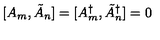
[ A _ { m } , \tilde { A } _ { n } ] = [ A _ { m } ^ { \dagger } , \tilde { A } _ { n } ^ { \dagger } ] = 0